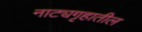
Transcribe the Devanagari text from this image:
नाट्यगृहातील